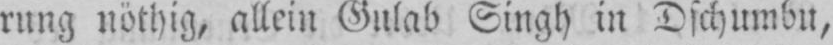
rung nöthig, allein Gulab Singh in Dschumbu,